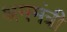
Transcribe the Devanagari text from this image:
श्रममंत्री